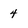
Character: 4